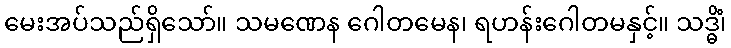
မေးအပ်သည်ရှိသော်။ သမဏေန ဂေါတမေန၊ ရဟန်းဂေါတမနှင့်။ သဒ္ဓိံ၊